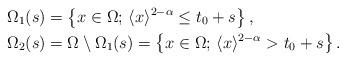
LaTeX: \begin{align*} \Omega_1(s) &= \left\{ x \in \Omega ;\, \langle x \rangle^{2-\alpha} \le t_0 + s \right\},\\ \Omega_2(s) &= \Omega \setminus \Omega_1(s) = \left\{ x \in \Omega ;\, \langle x \rangle^{2-\alpha} > t_0 + s \right\}.\end{align*}